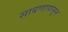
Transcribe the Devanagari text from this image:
साबणापासून